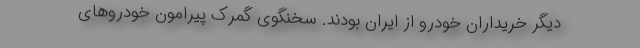
دیگر خریداران خودرو از ایران بودند. سخنگوی گمرک پیرامون خودروهای